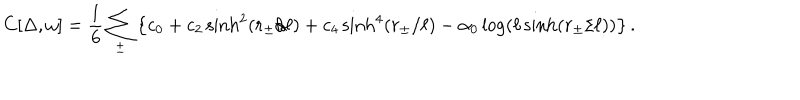
C [ \Delta , \omega ] = \frac 1 6 \sum _ { \pm } \left\{ c _ { 0 } + c _ { 2 } \sinh ^ { 2 } ( r _ { \pm } / \ell ) + c _ { 4 } \sinh ^ { 4 } ( r _ { \pm } / \ell ) - \alpha _ { 0 } \log \left( \ell \sinh ( r _ { \pm } / \ell ) \right) \right\} .